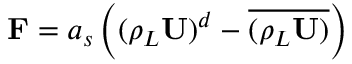
\mathbf { F } = a _ { s } \left( ( \rho _ { L } \mathbf { U } ) ^ { d } - \overline { { ( \rho _ { L } \mathbf { U } ) } } \right)